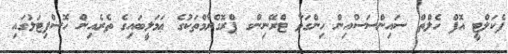
ފެކަލްޓީ އޮފް ހެލްތް ސައިންސަސްއިން ހިންގަވާ ޓްރޭނިންގ ޕްރޮގްރާމްތަކުގެ ޢަމަލީބައިގެ ތެރެއިން ހޮސްޕިޓަލުގައި